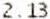
2.13